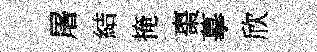
屠結掩棗摹欣